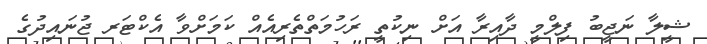
ޝީލާ ނަޖީބު ފިލްމީ ދާއިރާ އަށް ނިކުތީ ރަހުމަތްތެރިއެއް ކަމަށްވާ އެކްޓަރ ޖުނައިދުގެ